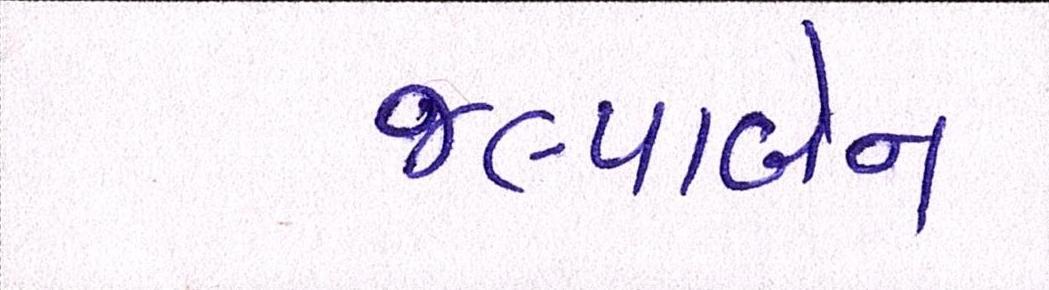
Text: જલ્પાબેન